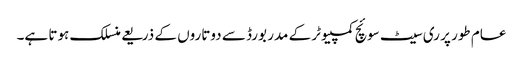
عام طور پر ری سیٹ سوئچ کمپیوٹر کے مدر بورڈ سے دوتاروں کے ذریعے منسلک ہوتا ہے۔